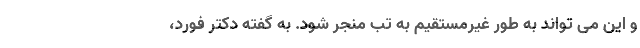
و این می تواند به طور غیرمستقیم به تب منجر شود. به گفته دکتر فورد،